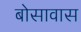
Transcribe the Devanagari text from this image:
बोसावास